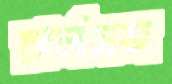
চার্লসজ